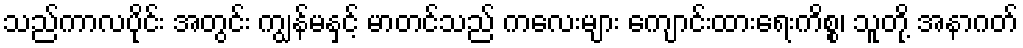
သည်ကာလပိုင်း အတွင်း ကျွန်မနှင့် မာတင်သည် ကလေးများ ကျောင်းထားရေးကိစ္စ၊ သူတို့ အနာဂတ်